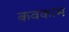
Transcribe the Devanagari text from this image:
कवकाभ